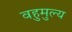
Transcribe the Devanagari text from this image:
वहुमुल्य